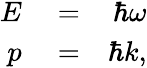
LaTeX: \begin{array}{rlr}{E}&{{}=}&{\hbar\omega}\\ {p}&{{}=}&{\hbar k,}\end{array}